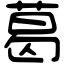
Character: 葛